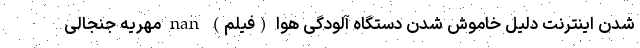
شدن اینترنت دلیل خاموش شدن دستگاه آلودگی هوا (فیلم) nan مهریه جنجالی